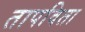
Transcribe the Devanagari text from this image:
तापविता